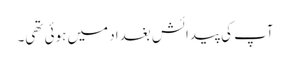
آپ کی پیدائش بغداد میں ہوئی تھی۔